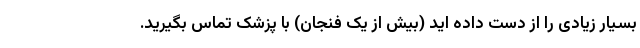
بسیار زیادی را از دست داده اید (بیش از یک فنجان) با پزشک تماس بگیرید.